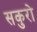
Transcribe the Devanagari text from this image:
सकुरो